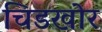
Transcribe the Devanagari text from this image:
चिडखोर